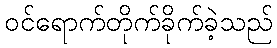
ဝင်ရောက်တိုက်ခိုက်ခဲ့သည်